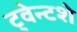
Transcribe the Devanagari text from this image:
ट्वेन्टशे